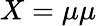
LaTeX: X=\mu\mu